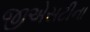
જીએસટીના